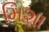
મિશા